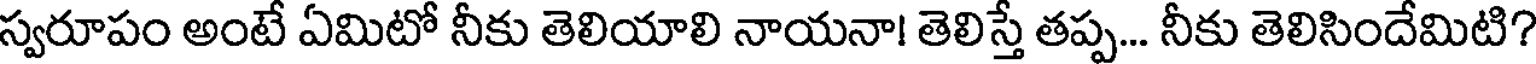
స్వరూపం అంటే ఏమిటో నీకు తెలియాలి నాయనా! తెలిస్తే తప్ప... నీకు తెలిసిందేమిటి?